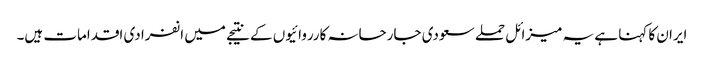
ایران کا کہنا ہے یہ میزائل حملے سعودی جارحانہ کارروائیوں کے نتیجے میں انفرادی اقدامات ہیں۔